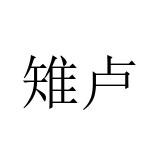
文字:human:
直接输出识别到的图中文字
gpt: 雉卢